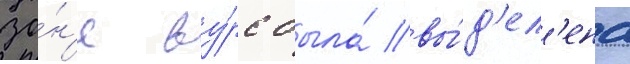
зо́н'е ву́рс была́ вы́д'ел'ена